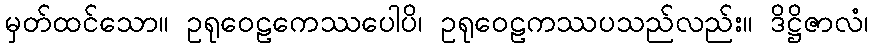
မှတ်ထင်သော။ ဥရုဝေဠကေဿပေါပိ၊ ဥရုဝေဠကဿပသည်လည်း။ ဒိဋ္ဌိဇာလံ၊